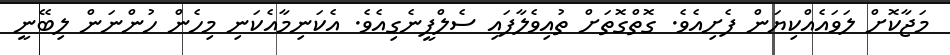
މަޖާކޮށް ލަވައެއްކިޔަން ފެށިއެވެ. ގޮތްގޮތަށް ތުއިވެލާފައި ސެލްފީނެގިއެވެ. އެކަނިމާއެކަނި މިހެން ހުންނަން ލިބޭނީ